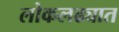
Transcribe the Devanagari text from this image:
लोकलढ्यात